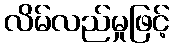
လိမ်လည်မှုဖြင့်